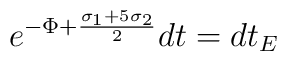
e^{-\Phi+\frac{ \sigma _1 + 5 \sigma _2}{2}}dt = dt_E